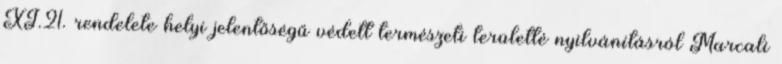
XI.21. rendelete helyi jelentőségű védett természeti területté nyilvánításról Marcali